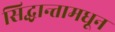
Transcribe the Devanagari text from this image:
सिद्धान्तामधून